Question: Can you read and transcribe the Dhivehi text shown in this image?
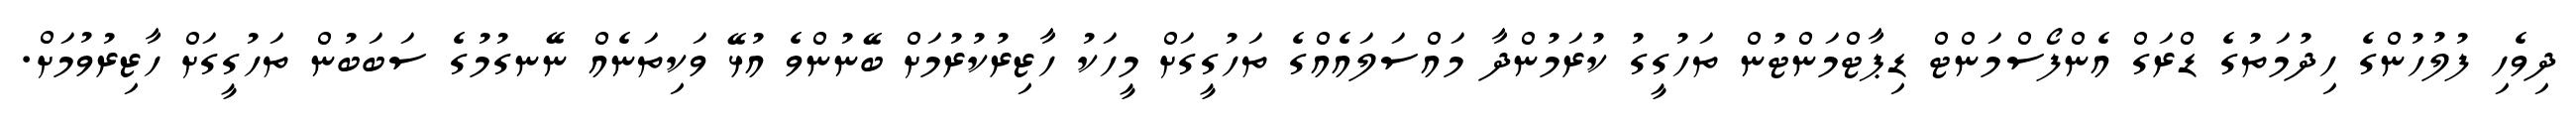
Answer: ދިވެހި ފުލުހުންގެ ހިދުމަތުގެ ޑްރަގް އެންފޯސްމަންޓް ޑިޕާޓްމަންޓުން ތަހުގީގު ކުރަމުންދާ މައްސަލައެއްގެ ތަހުގީގަށް މީހަކު ހާޒިރުކުރުމަށް ބޭނުންވެ އުޅޭ ވަކިތަނެއް ނޭނގުމުގެ ސަބަބުން ތަހުގީގަށް ހާޒިރުވުމަށް.